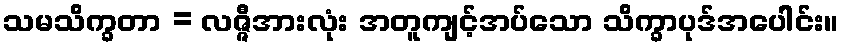
သမသိက္ခတာ = လဇ္ဇီအားလုံး အတူကျင့်အပ်သော သိက္ခာပုဒ်အပေါင်း။